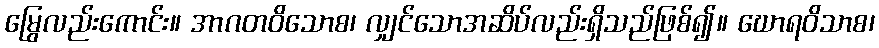
မြွေလည်းကောင်း။ အာဂတဝိသောစ၊ လျှင်သောအဆိပ်လည်းရှိသည်ဖြစ်၍။ ဃောရဝိသာစ၊